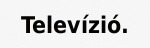
Televízió.